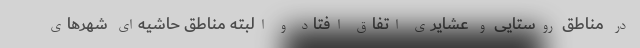
در مناطق روستایی و عشایری اتفاق افتاد و البته مناطق حاشیه‌ای شهرهای